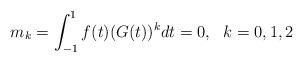
LaTeX: \begin{align*}m_k=\int_{-1}^1f(t)(G(t))^kdt=0,~~k=0,1,2\end{align*}